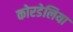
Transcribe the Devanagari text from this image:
कोरडेलिया